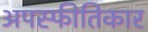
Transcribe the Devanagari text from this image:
अपस्फीतिकार